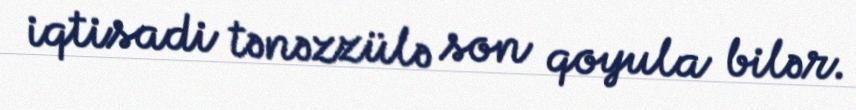
iqtisadi tənəzzülə son qoyula bilər.